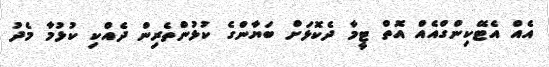
އެއް އެޓޭކިންގްއެއް އޮތް ޓީމާ ދެކޮޅަށް ބަޔާންގެ ކުޅުންތެރިން ދެއްކި ކުޅުމާ މެދު